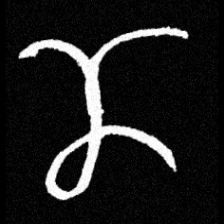
Pyu character \u2014 Myanmar letter: ဏ (romanized: nna)